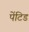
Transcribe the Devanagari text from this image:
पेंटिड